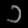
Digit: ၁